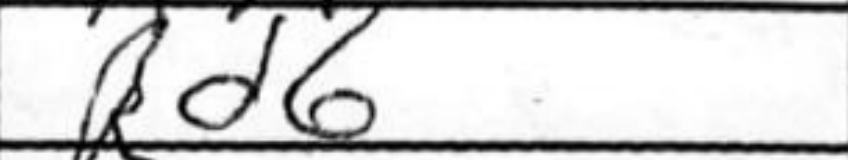
Transcription: Rd6